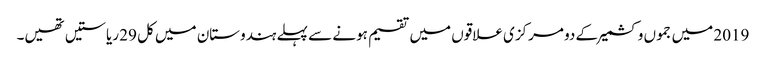
2019 میں جموں وکشمیر کے دو مرکزی علاقوں میں تقسیم ہونے سے پہلے ہندوستان میں کل 29 ریاستیں تھیں۔